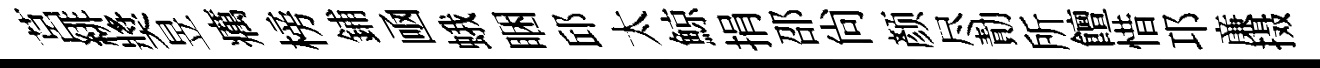
莒緋奬昱癘榜鋪凾蛾睏邱太鯨捐邵尙颜尽勣所饘惜邛亷摄